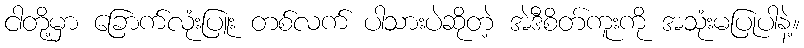
ငါတို့မှာ ခြောက်လုံးပြူး တစ်လက် ပါသားပဲဆိုတဲ့ အဲဒီစိတ်ကူးကို အသုံးမပြုပါနဲ့။